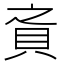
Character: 𰶸